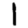
Digit: 1